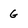
Character: G